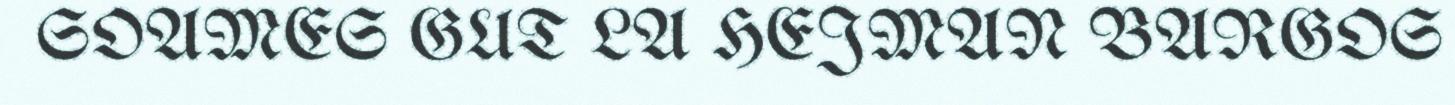
SOAMES GUT LA HEJMAN BARGOS